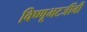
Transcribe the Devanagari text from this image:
विष्णूभटजींनी